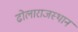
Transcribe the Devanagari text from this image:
ढोलाराजस्थान